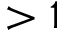
> 1